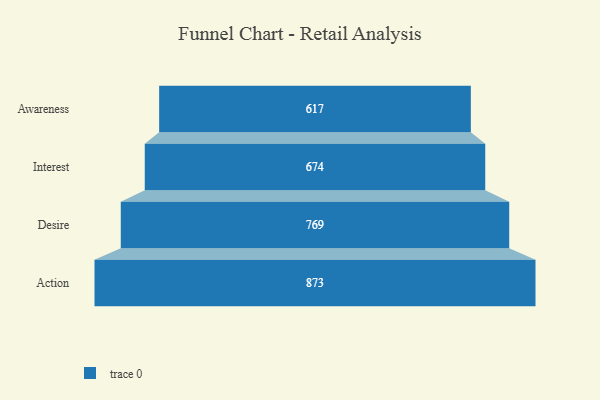
{"axis": {"x": "Stage", "y": "Value"}, "legend": [""], "data": [{"x": "Awareness", "y": 617.0, "type": ""}, {"x": "Interest", "y": 674.0, "type": ""}, {"x": "Desire", "y": 769.0, "type": ""}, {"x": "Action", "y": 873.0, "type": ""}]}